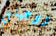
ودعيني